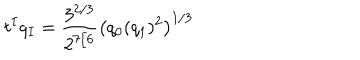
t ^ { I } q _ { I } = { \frac { 3 ^ { 2 / 3 } } { 2 ^ { 7 / 6 } } } \left( q _ { 0 } ( q _ { 1 } ) ^ { 2 } \right) ^ { 1 / 3 }